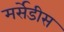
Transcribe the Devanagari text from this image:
मर्सेडीस